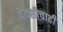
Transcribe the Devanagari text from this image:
टॅक्सीचाही